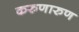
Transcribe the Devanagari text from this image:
करुणारुण